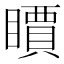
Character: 𥋣